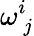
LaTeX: \omega_{\ j}^{i}